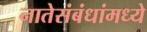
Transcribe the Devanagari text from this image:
नातेसंबंधांमध्ये